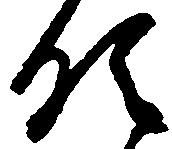
領